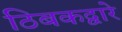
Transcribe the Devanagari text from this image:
ठिबकद्वारे